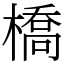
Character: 橋